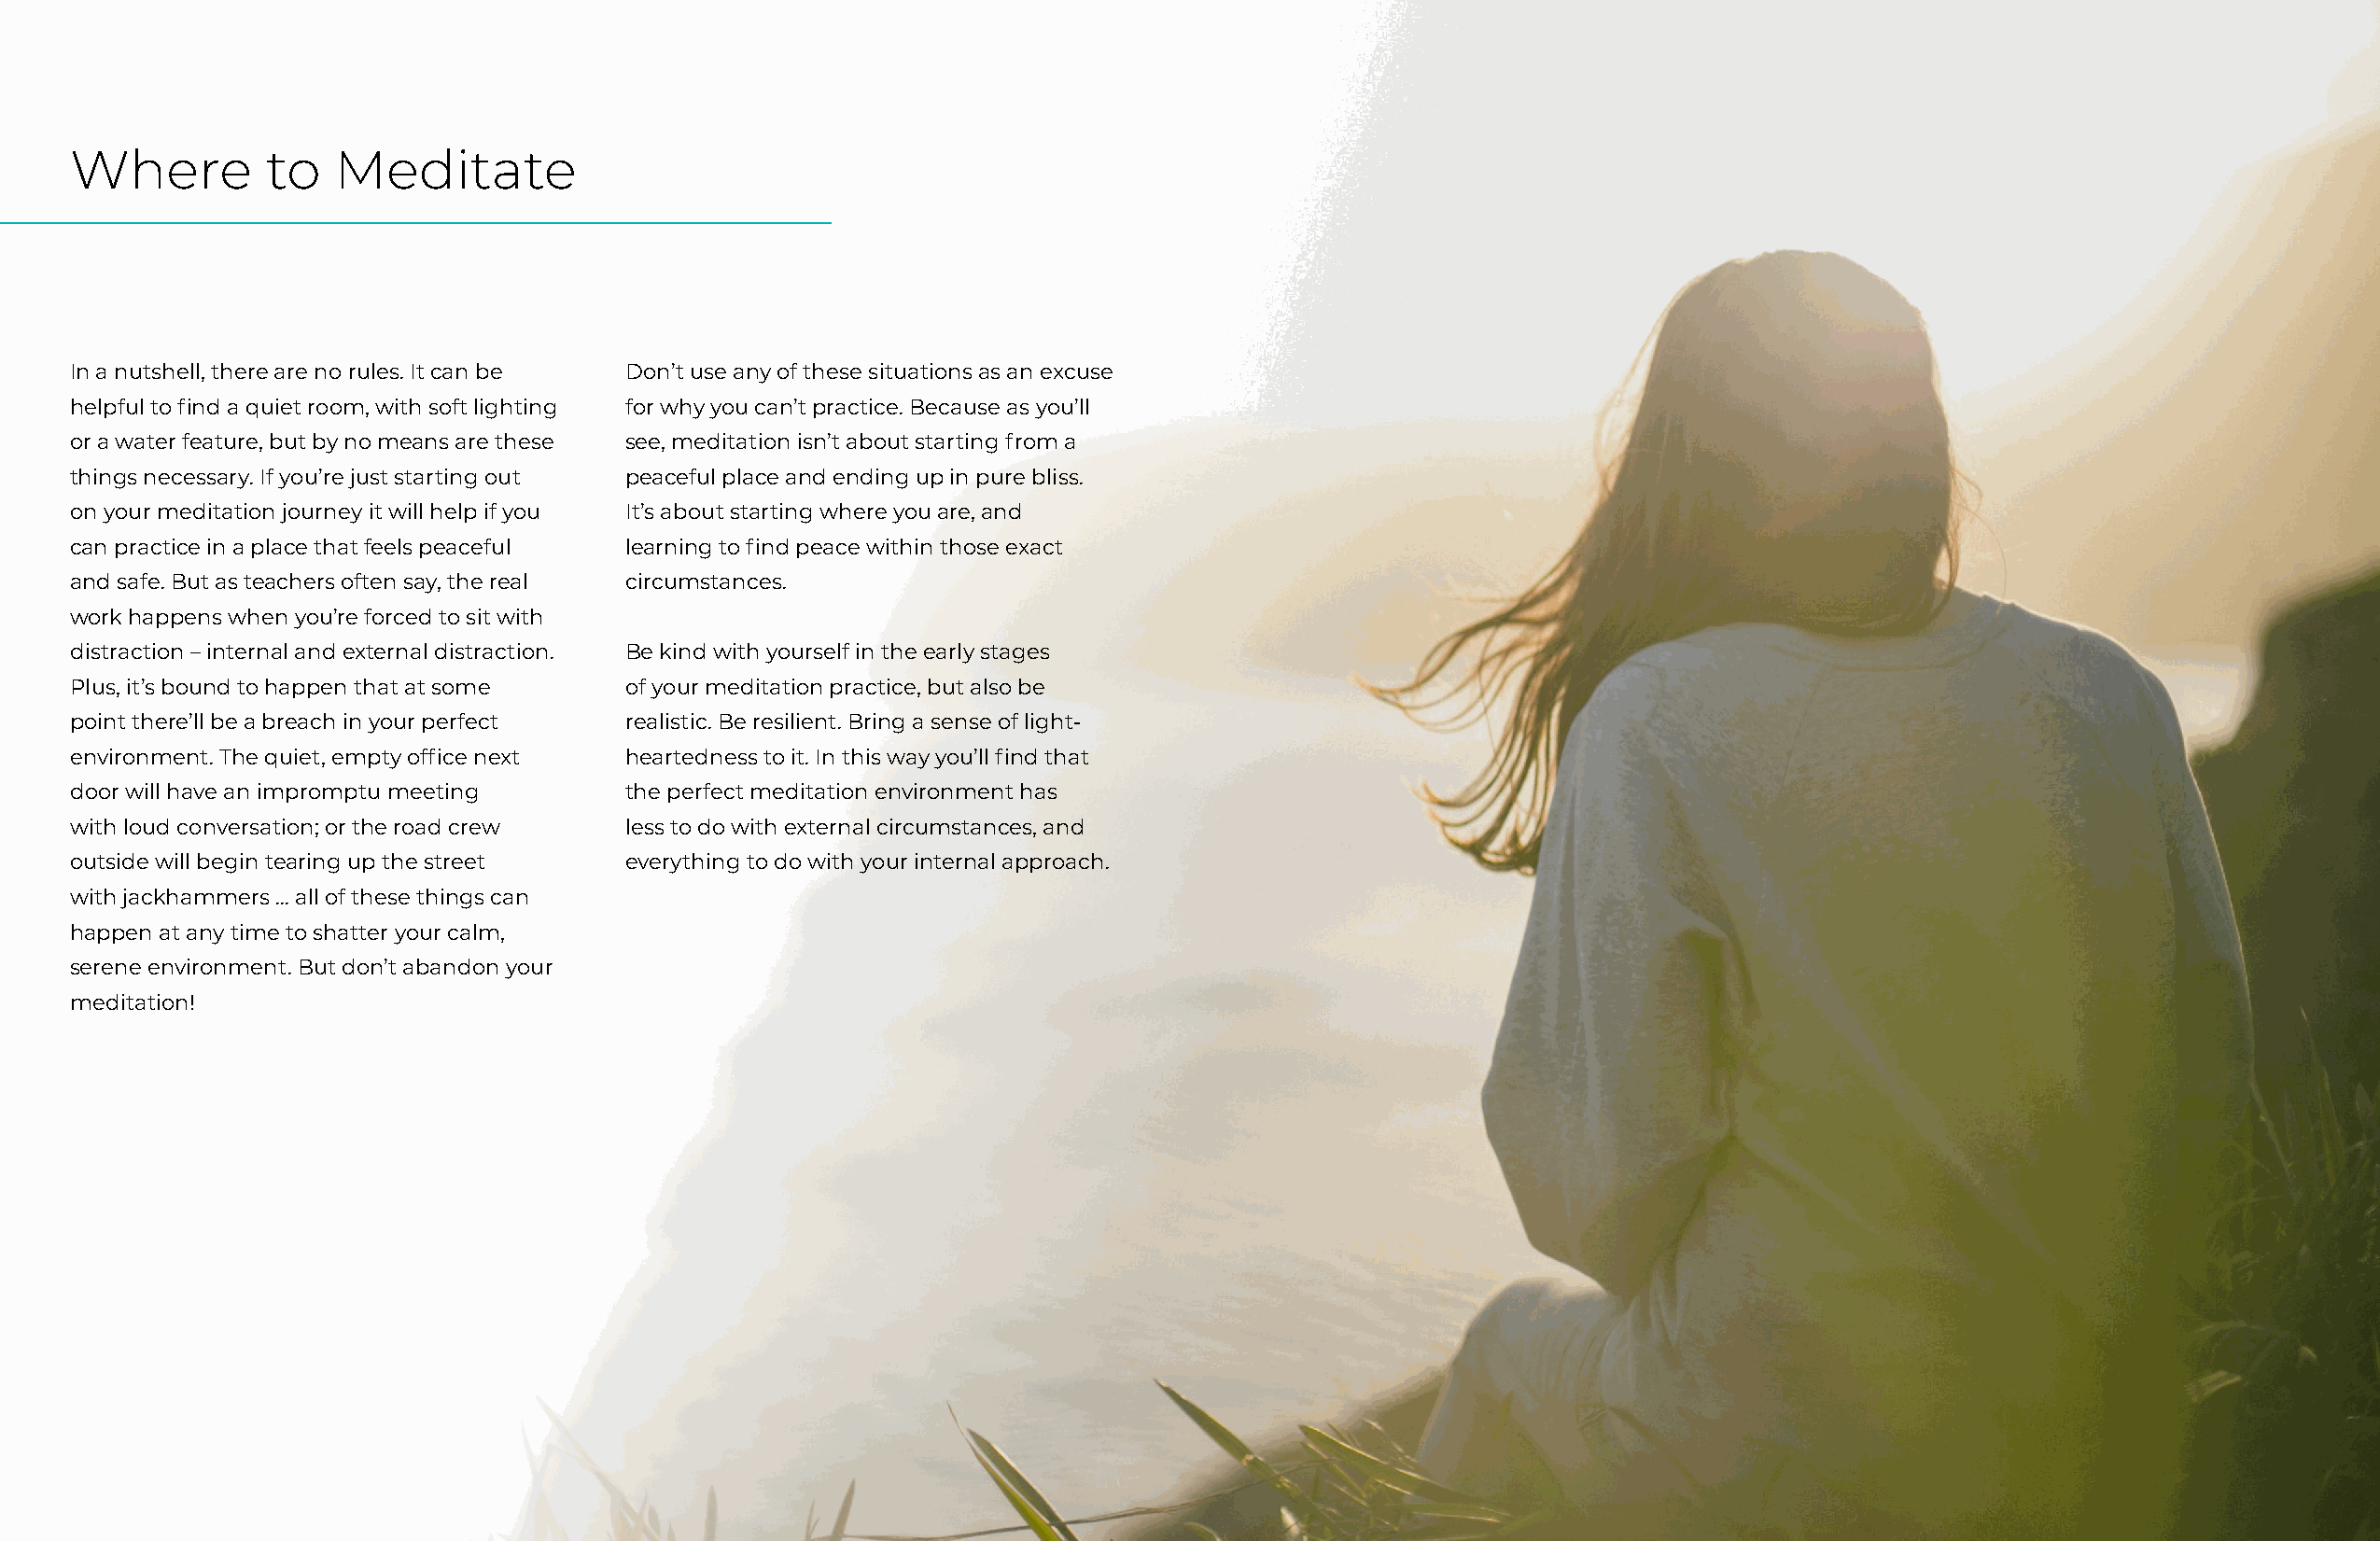
Where         to   Meditate
 In a nutshell, there are no rules. It can be Don’t use any of these situations as an excuse
 helpful to find a quiet room, with soft lighting for why you can’t practice. Because as you’ll
 or a water feature, but by no means are these see, meditation isn’t about starting from a
 things necessary. If you’re just starting out peaceful place and ending up in pure bliss.
 on your meditation journey it will help if you It’s about starting where you are, and
 can practice in a place that feels peaceful learning to find peace within those exact
 and safe. But as teachers often say, the real circumstances.
 work happens when you’re forced to sit with
 distraction – internal and external distraction. Be kind with yourself in the early stages
 Plus, it’s bound to happen that at some of your meditation practice, but also be
 point there’ll be a breach in your perfect realistic. Be resilient. Bring a sense of light-
 environment. The quiet, empty office next heartedness to it. In this way you’ll find that
 door will have an impromptu meeting    the perfect meditation environment has
 with loud conversation; or the road crew less to do with external circumstances, and
 outside will begin tearing up the street everything to do with your internal approach.
 with jackhammers … all of these things can
 happen at any time to shatter your calm,
 serene environment. But don’t abandon your
 meditation!